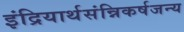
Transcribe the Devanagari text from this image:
इंद्रियार्थसंन्निकर्षजन्य